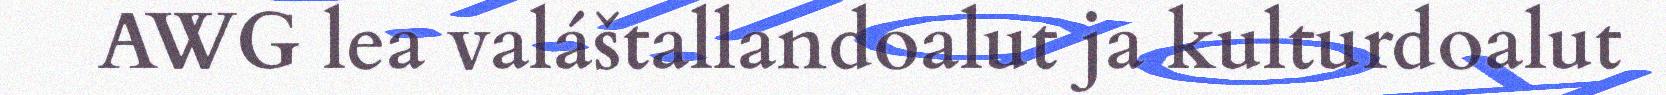
AWG lea valáštallandoalut ja kulturdoalut